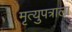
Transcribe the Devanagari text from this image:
मृत्युपत्राला